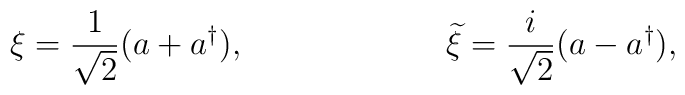
\xi=\frac{1}{\sqrt{2}}(a+a^{\dagger}), \hspace{1.0in}{\widetilde \xi}=\frac{i}{\sqrt{2}}(a-a^{\dagger}),